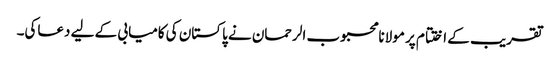
تقریب کے اختتام پر مولانامحبوب الرحمان نے پاکستان کی کامیابی کے لیے دعاکی۔